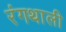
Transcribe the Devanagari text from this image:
रंगथाली